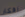
افكار